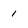
Character: 1